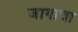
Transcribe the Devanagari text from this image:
जागाचा